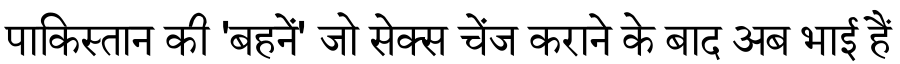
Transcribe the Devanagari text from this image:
पाकिस्तान की 'बहनें' जो सेक्स चेंज कराने के बाद अब भाई हैं